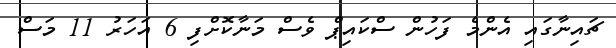
ޗައިނާގައި އެންމެ ފަހުން ސްކައިޕް ވެސް މަނާކޮށްފި 6 އަހަރު 11 މަސް